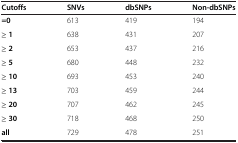
| Cutoffs | SNVs | dbSNPs | Non-dbSNPs |
 | --- | --- | --- | --- |
 | =0 | 613 | 419 | 194 |
 | ≥ 1 | 638 | 431 | 207 |
 | ≥ 2 | 653 | 437 | 216 |
 | ≥ 5 | 680 | 448 | 232 |
 | ≥ 10 | 693 | 453 | 240 |
 | ≥ 13 | 703 | 459 | 244 |
 | ≥ 20 | 707 | 462 | 245 |
 | ≥ 30 | 718 | 468 | 250 |
 | all | 729 | 478 | 251 |